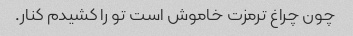
چون چراغ ترمزت خاموش است تو را کشیدم کنار.